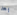
بعد